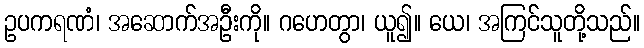
ဥပကရဏံ၊ အဆောက်အဦးကို။ ဂဟေတွာ၊ ယူ၍။ ယေ၊ အကြင်သူတို့သည်။